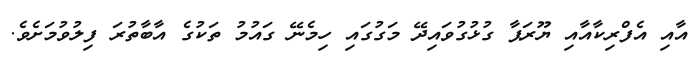
އާއި އެފްރިކާއާއި ޔޫރަޕާ ގުޅުގުވައިދޭ މަގުގައި ހިމެނޭ ގައުމު ތަކުގެ އާބާތުރަ ފިލުވުމަށެވެ.